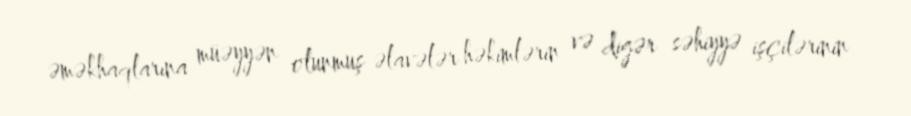
əməkhaqlarına müəyyən olunmuş əlavələr həkimlərin və digər səhiyyə işçilərinin